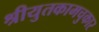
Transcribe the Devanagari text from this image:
श्रीयुतकामचुकार